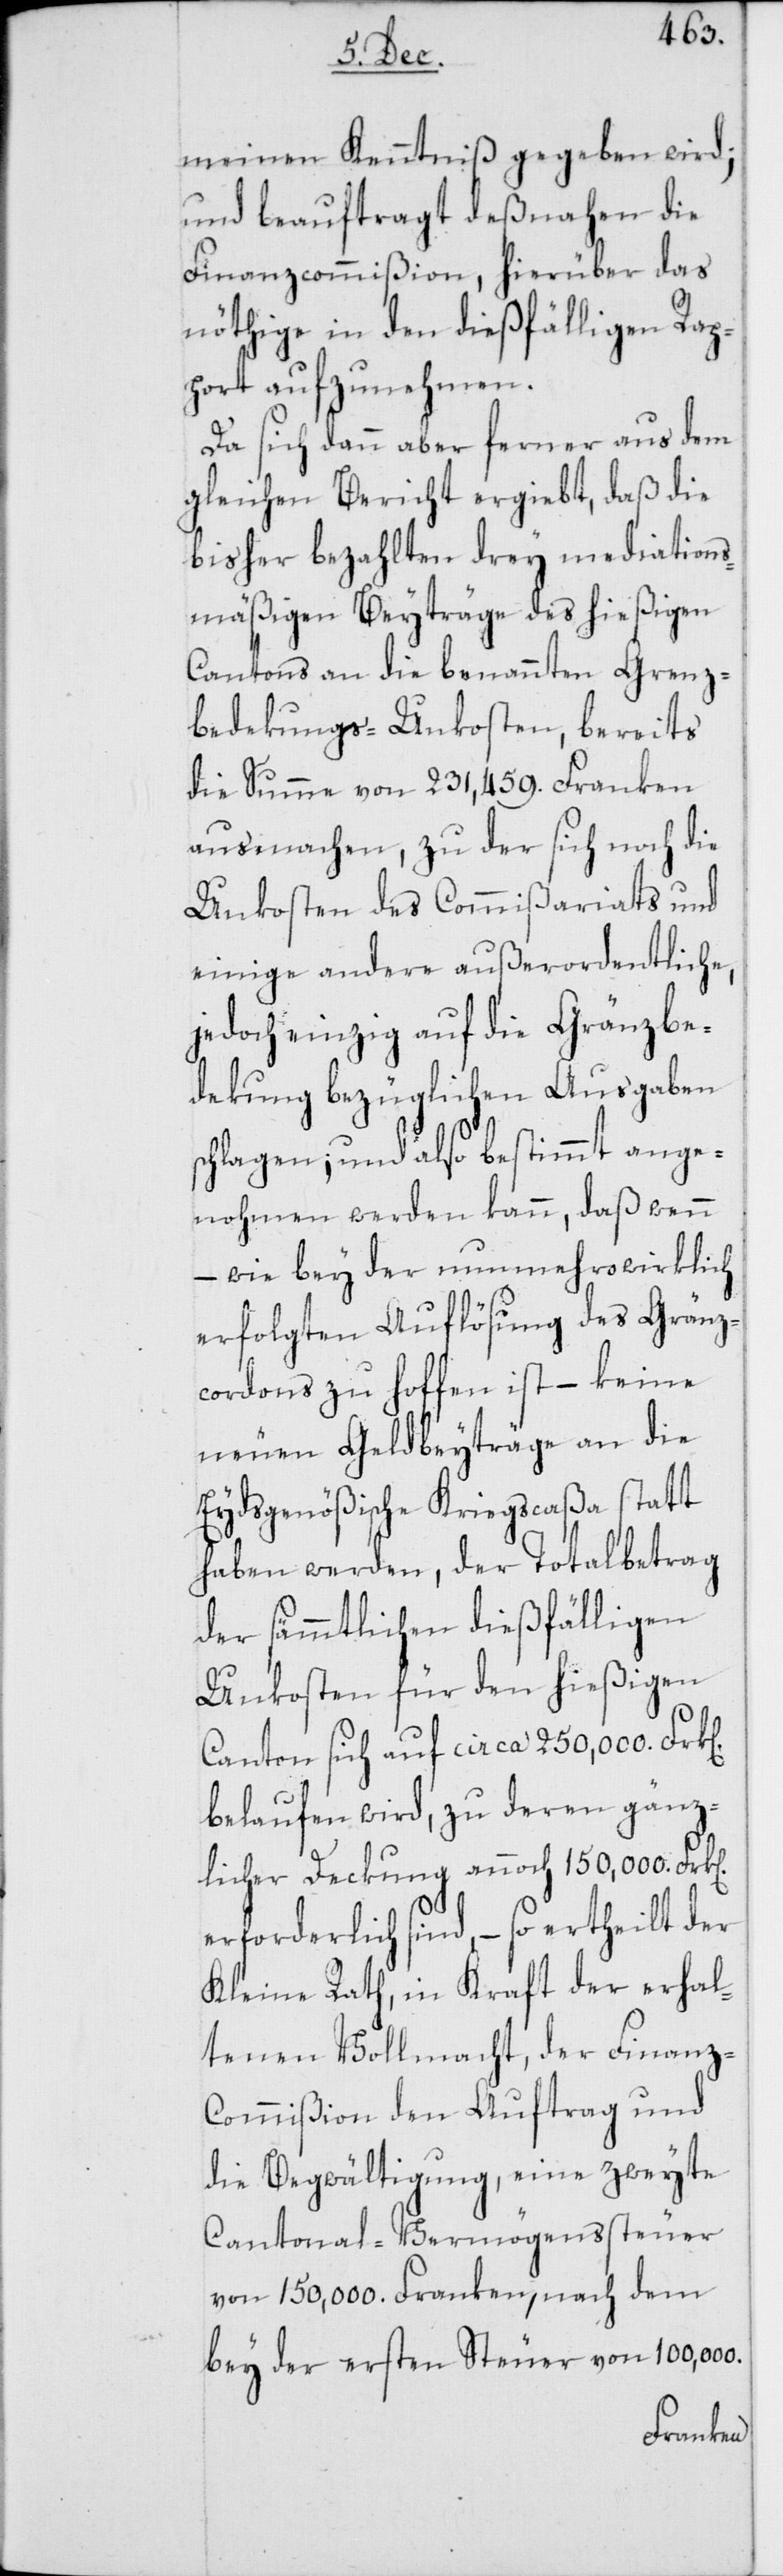
meinen Kenntniß gegeben wird;
und beauftragt deßnahen die
Finanzcommißion, hierüber das
nöthige in den dießfälligen Rap¬
port aufzunehmen.
Da sich dann aber ferner aus dem
gleichen Bericht ergiebt, daß die
bisher bezahlten drey mediations¬
mäßigen Beyträge des hießigen
Cantons an die benannten Grenz¬
bedekungs-Unkosten, bereits
die Summe von 231,459. Franken
ausmachen, zu der sich noch die
Unkosten des Commißariats und
einige andere außerordentliche,
jedoch einzig auf die Gränzbe¬
dekung bezüglichen Ausgaben
schlagen, und also bestimmt ange¬
nohmen werden kann, daß wenn
wie bey der nunmehro wirklich
n].
erfolgten Auflösung des Gränz¬
cordons zu hoffen ist – keine
neuen Geldbeyträge an die
Eydsgenößische Kriegscaßa statt
haben werden, der Totalbetrag
der sämmtlichen dießfälligen
Unkosten für den hießigen
Canton sich auf circa 250,000. Frk[e¬
belaufen wird, zu deren gänz¬
licher Deckung annoch 150,000. Frk[e¬
erforderlich sind, – so ertheilt der
Kleine Rath, in Kraft der erhal¬
tenen Vollmacht, der Finanz-C¬
ommißion den Auftrag und
die Begwältigung, eine zweyte
Cantonal-Vermögenssteuer
von 150,000. Franken, nach dem
bey der ersten Steuer von 100,000